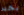
بخير